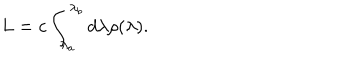
L = c \int _ { \lambda _ { a } } ^ { \lambda _ { b } } d \lambda \rho ( \lambda ) .